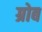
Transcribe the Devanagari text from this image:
ग्रोब